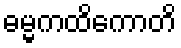
ဓမ္မကထိကောတိ